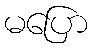
မပြော